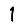
Digit: 1